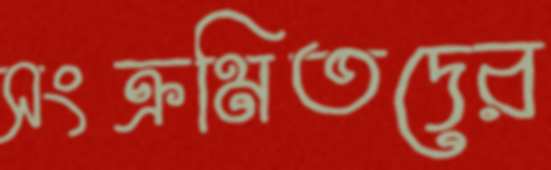
সংক্রমিতদের